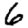
Digit: 6